Annual administration and progress report of the Indian Medical Department, Bombay
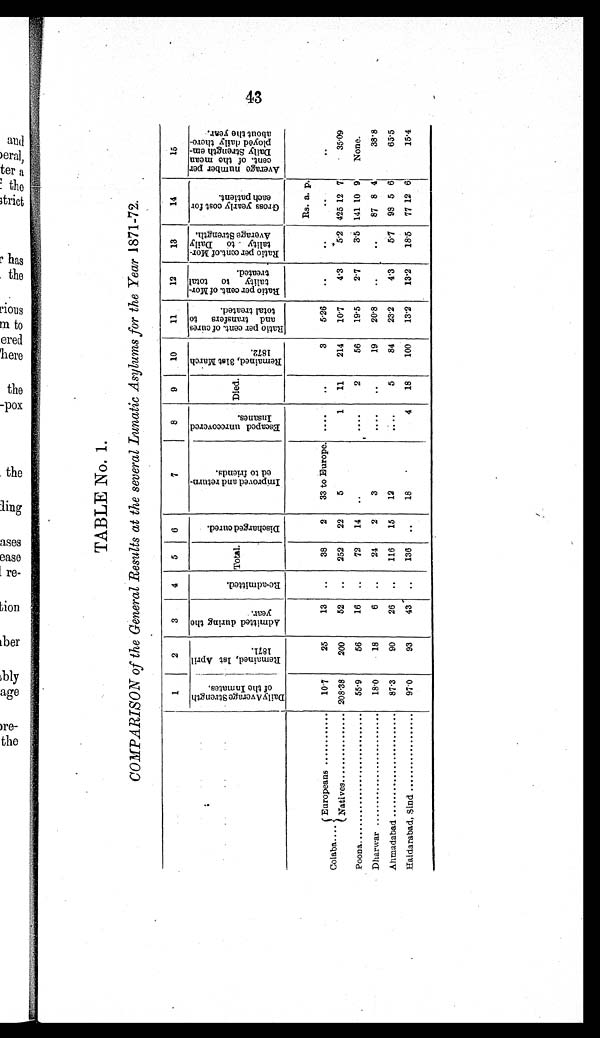
TABLE No. 1.
COMPARISON of the General Results at the several Lunatic Asylums for the Year 1871-72.
1
2
3
4
5
6
7
8
9
10
11
12
13
14
15
D a i l y A v e r a g e S t r e n g t h
o f t h e I n m a t e s .
R e m a i n e d , 1 s t A p r i l
1 8 7 1 .
A d m i t t e d d u r i n g t h e
y e a r .
R e - a d m i t t e d . Total.
D i s c h a r g e d c u r e d .
I m p r o v e d a n d r e t u r n -
e d t o f r i e n d s .
E s c a p e d u n r e c o v e r e d
I n s a n e s .
Died.
R e m a i n e d , 3 1 s t M a r c h
1 8 7 2 .
R a t i o p e r c e n t . o f c u r e s
a nd t r a ns f e r s t o
t ot al t r eat ed.
R a t i o p e r c e n t . o f M o r -
t a l i t y t o t o t a l
t r eat ed.
R a t i o p e r c e n t . o f M o r -
t al i t y t o Dai l y
A v e r a g e S t r e n g t h .
G r o s s y e a r l y c o s t f o r e a c h p a t i e n t .
A v e r a g e n u m b e r p e r
c e n t . o f t h e m e a n
D a i l y S t r e n g t h e m -
p l o y e d d a i l y t h e r e -
a b o u t t h e y e a r .
Rs. a. p.
Colaba ....
Europeans
10.7
25
13 ..
38
2 33 to Europe. ....
..
3
5.26 ..
..
..
..
Natives
208.38
200
52 .. 252 22
5
1 11
214
10.7
4.3
5.2 425 12 7
35.09
Poona
55.9
56
16 ..
72 14 ..
. . . . 2
56
19.5
2.7
3.5 141 10 9 None.
Dharwar
18.0
18
6 ..
24
2
3
....
..
19
20.8 ..
..
87 8 4
38.8
Ahmadabad
87.3
90
26 ..
116 15 12
. . . .
5
84
23.2
4.3
5.7 98 5 6
65.5
Haidarabad, Sind
97.0
93
43
. . 136
. .
18
4 18
100
13.2 13.2 18.5 77 12 6
15.4
43